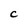
Character: C